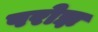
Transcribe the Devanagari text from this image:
परोझ